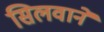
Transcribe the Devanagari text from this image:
सिलवाने